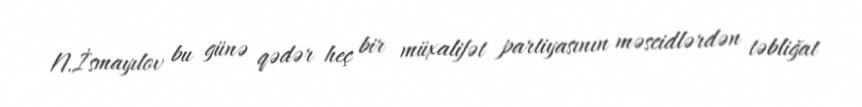
N.İsmayılov bu günə qədər heç bir müxalifət partiyasının məscidlərdən təbliğat